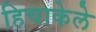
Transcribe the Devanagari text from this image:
हिचाकेले